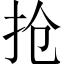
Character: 抢